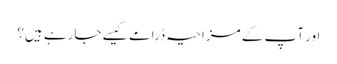
اور آپ کے مزاحیہ ڈرامے کیسے جارہے ہیں؟